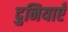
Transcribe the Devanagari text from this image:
दुनियाएँ